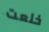
خلعت